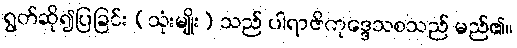
ရွတ်ဆို၍ပြခြင်း (သုံးမျိုး) သည် ပါရာဇိကုဒ္ဒေသစသည် မည်၏။